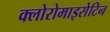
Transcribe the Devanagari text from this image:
क्लोरोमाइसेटिन